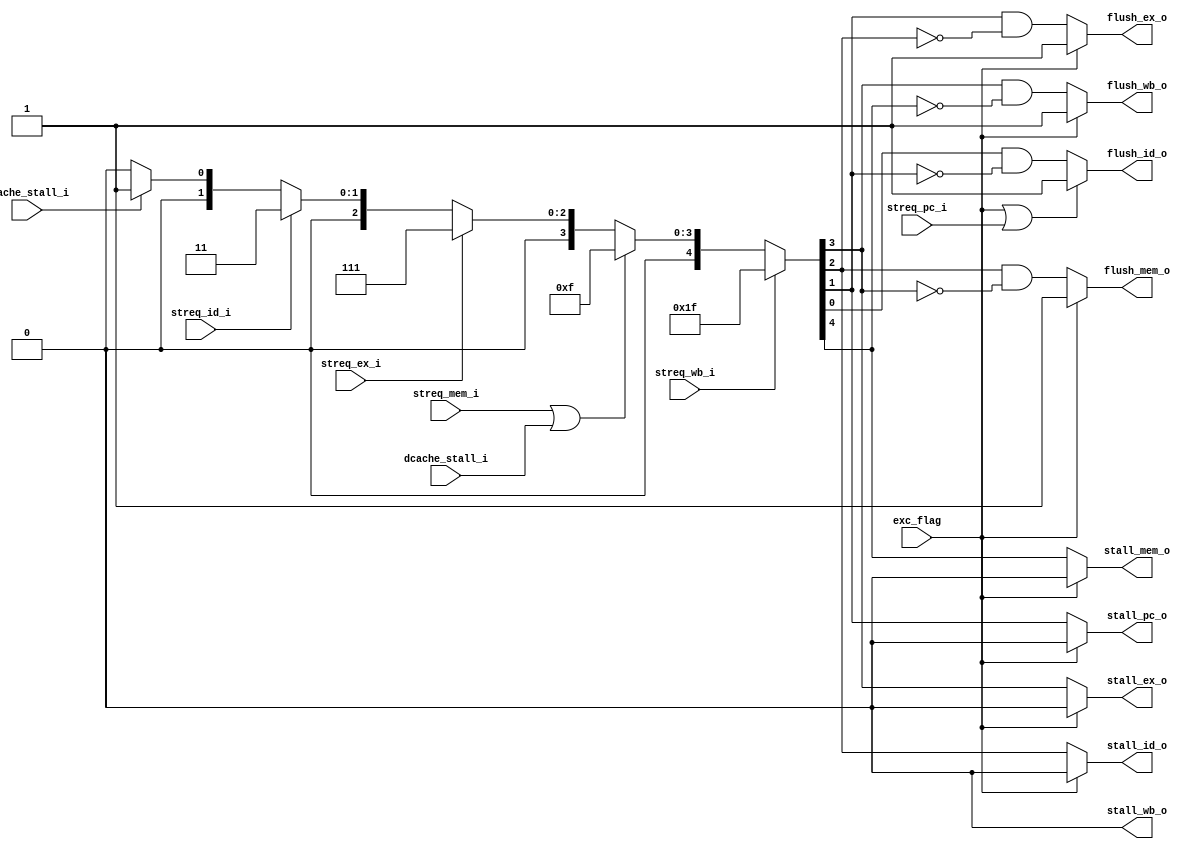
module control 
(
	input wire streq_pc_i,
	input wire streq_id_i,
	input wire streq_ex_i,
	input wire streq_mem_i,
	input wire streq_wb_i,
	input wire exc_flag,

	input wire icache_stall_i,
	input wire dcache_stall_i,

	//output wire stall_pre_pc_o,
	output wire stall_pc_o,
	output wire stall_id_o,
	output wire stall_ex_o,
	output wire stall_mem_o,
	output wire stall_wb_o,

	output wire  flush_id_o,
	output wire  flush_ex_o,
	output wire  flush_mem_o,
	output wire  flush_wb_o

);

	wire [4:0 ] stall;
	//assign stall_pre_pc_o = streq_pc_i;
	assign stall_pc_o  = exc_flag ? 1'b0 : stall[1];
	assign stall_id_o  = exc_flag ? 1'b0 : stall[2];
	assign stall_ex_o  = exc_flag ? 1'b0 : stall[3];
	assign stall_mem_o = exc_flag ? 1'b0 : stall[4];
	assign stall_wb_o  = 1'b0;

assign stall = streq_wb_i  					? 5'b11111 :
			   (streq_mem_i | dcache_stall_i) ? 5'b01111 :
			   streq_ex_i 					? 5'b00111 :
			   streq_id_i  			    	? 5'b00011 :
			   icache_stall_i				? 5'b00001 :
			   //streq_pc_i  					? 5'b00011 :			   
			   5'b00000;
assign flush_wb_o  = exc_flag ? 1'b1 : stall[3] & ~stall[4];
assign flush_mem_o = exc_flag ? 1'b1 : stall[2] & ~stall[3];
assign flush_ex_o  = exc_flag ? 1'b1 : stall[1] & ~stall[2];
assign flush_id_o  = (exc_flag | streq_pc_i) ? 1'b1 : stall[0] & ~stall[1];
//assign flush_pc_o  = exc_flag ? 1'b1 : stall[0];


endmodule